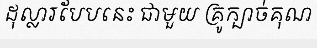
ដុល្លារបែបនេះ ជាមួយ គ្រូក្បាច់គុណ